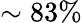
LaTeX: \sim 83\%